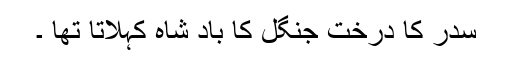
سدر کا درخت جنگل کا باد شاہ کہلاتا تھا ۔